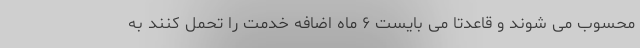
محسوب می شوند و قاعدتاً می بایست ۶ ماه اضافه خدمت را تحمل کنند به